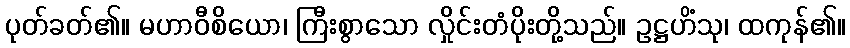
ပုတ်ခတ်၏။ မဟာဝီစိယော၊ ကြီးစွာသော လှိုင်းတံပိုးတို့သည်။ ဥဋ္ဌဟိံသု၊ ထကုန်၏။